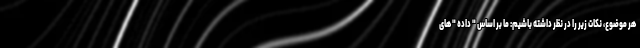
هر موضوع، نکات زیر را در نظر داشته باشیم: ما بر اساس " داده " های